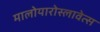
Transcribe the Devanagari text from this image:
मालोयारोस्लावेत्स